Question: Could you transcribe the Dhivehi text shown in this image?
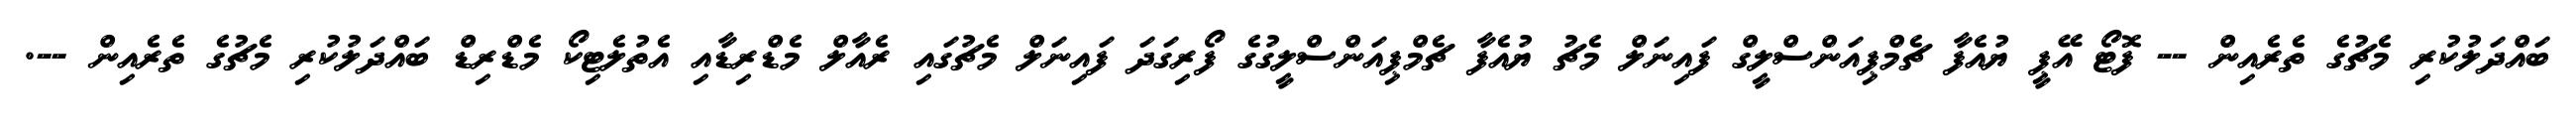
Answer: ބައްދަލުކުރި މެޗުގެ ތެރެއިން -- ފޮޓޯ އޭޕީ ޔުއެފާ ޗެމްޕިއަންސްލީގް ފައިނަލް މެޗު ޔުއެފާ ޗެމްޕިއަންސްލީގުގެ ފޯރިގަދަ ފައިނަލް މެޗުގައި ރެއާލް މެޑްރިޑާއި އެތުލެޓިކޯ މެޑްރިޑް ބައްދަލުކުރި މެޗުގެ ތެރެއިން --.